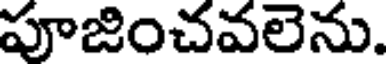
పూజించవలెను.